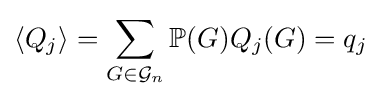
\langle Q_{j}\rangle =\sum _{G\in {\mathcal {G}}_{n}}\mathbb {P} (G)Q_{j}(G)=q_{j}